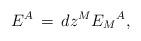
LaTeX: \begin{align*}E^A \,=\,dz^M {{E_M}^A}, \end{align*}